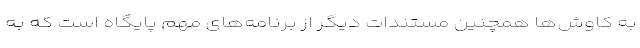
به کاوش‌ها همچنین مستندات دیگر از برنامه‌های مهم پایگاه است که به